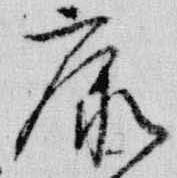
康